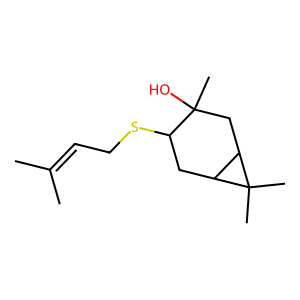
SMILES: CC(C)=CCSC1CC2C(CC1(C)O)C2(C)C
Inhibits HIV replication: No